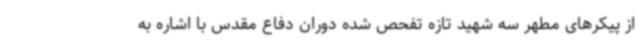
از پیکرهای مطهر سه شهید تازه تفحص شده دوران دفاع مقدس با اشاره به